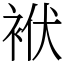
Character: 袱